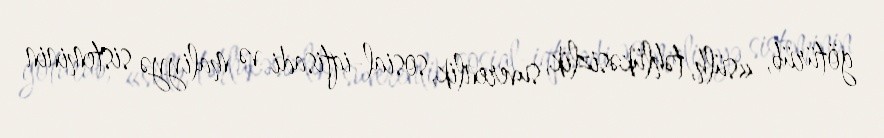
götürüb, «sülh, təhlükəsizlik, suverenlik, sosial-iqtisadi və maliyyə sisteminin